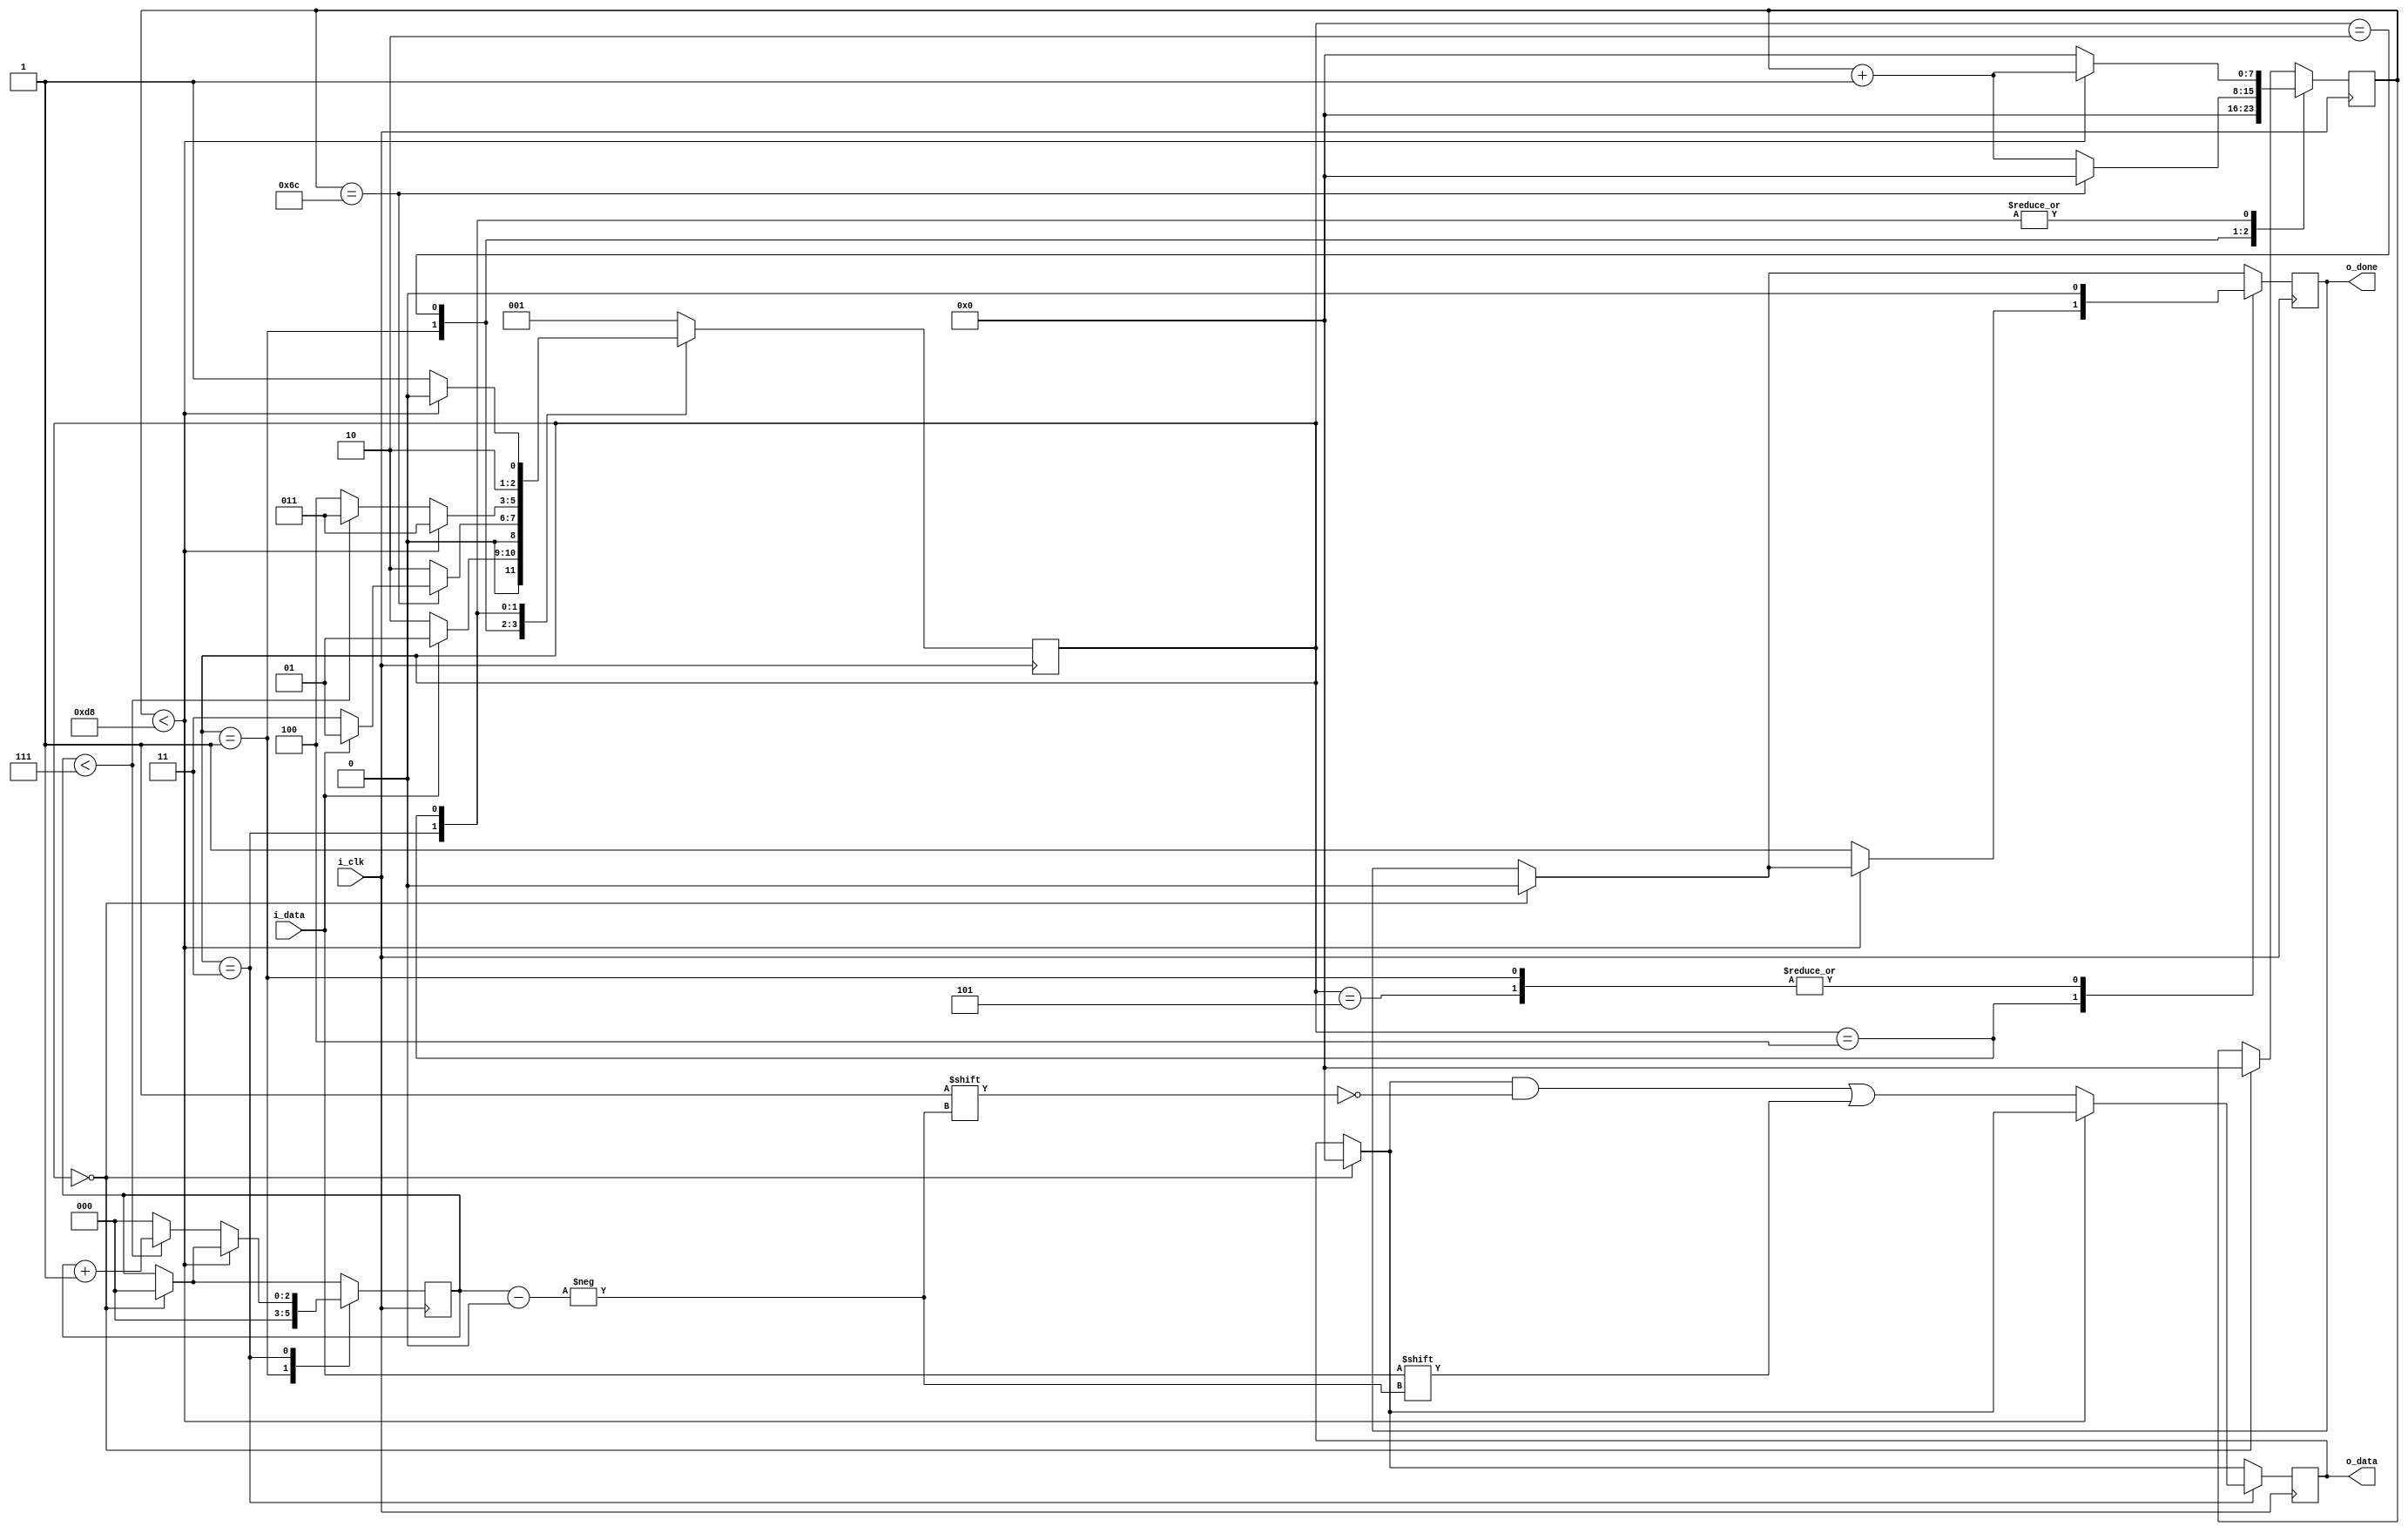
module uart_reciever #(parameter CLKS_PER_BIT = 217)
	(
		input i_clk,
		input i_data,
		output o_done,
		output [7:0] o_data
	);

	// States
	parameter INIT = 3'b000;
	parameter WAIT = 3'b001;
	parameter START_BIT_CHECK = 3'b010;
	parameter GET_DATA = 3'b011; 
	parameter LAST_BIT_CHECK = 3'b100;
	parameter RESET = 3'b101;

	// regs
	reg [2:0] state = WAIT;
	reg [2:0] bit_count = 0;
	reg [7:0] count = 0;
	reg [7:0] data = 0;
	reg done = 0;


	always @(posedge i_clk) begin

		// transitions
		case (state)

			INIT: begin
				done <= 1'b0;
				data <= 8'h00;
				count <= 0;
				bit_count <= 0;
				state <= WAIT;


			end

			// Wait for Start bit
			WAIT: begin

				if (i_data == 1'b0) begin
					state <= START_BIT_CHECK;
				end
				else begin
					state <= WAIT;
				end
			end

			// Make sure that is true start bit
			START_BIT_CHECK: begin
				if(count == (CLKS_PER_BIT-1)/2) begin
					if(i_data == 1'b0) begin
						state <= GET_DATA;
					end
					else begin
						state <= WAIT;
					end
				end
				else begin
					state <= START_BIT_CHECK;
				end
			end
	
			// Recive and Store data	
			GET_DATA: begin
				if(count < CLKS_PER_BIT - 1) begin
					state <= GET_DATA;
				end
				else begin

					if(bit_count < 7) begin
						state <= GET_DATA;
					end
					else begin
						state <= LAST_BIT_CHECK;
					end
				end
			end

			// Check for stop bit
			LAST_BIT_CHECK: begin
				if(count < (CLKS_PER_BIT - 1)) begin
					state <= LAST_BIT_CHECK;
				end
				else begin
					state <= RESET;
				end
			end

			// Reset to initial conditions
			RESET: begin
				state <= WAIT;
			end

			default:
				state <= WAIT;

		endcase


		// Actions
		case (state)
			INIT: begin
				
			end

			WAIT: begin
				done <= 1'b0;
				count <= 0;
				bit_count <= 0;
				
			end

			START_BIT_CHECK: begin
				if(count == (CLKS_PER_BIT-1)/2) begin
					count <= 0;
				end
				else begin	
					count  <= count + 1;
				end

			end

			GET_DATA: begin
				if(count < CLKS_PER_BIT - 1) begin
					count <= count + 1;
				end
				else begin
					count <= 0;
					data[bit_count] <= i_data;
					if(bit_count < 7) begin
						bit_count <= bit_count + 1;
					end
					else begin
						bit_count <= 0;
					end
				end
			end

			LAST_BIT_CHECK: begin
				if(count < (CLKS_PER_BIT - 1)) begin
					count <= count + 1;
				end
				else begin
					done <= 1'b1;
					count <= 0;
				end
			end

			RESET: begin
				done <= 1'b0;
			end
		endcase

	end

	assign o_data = data;
	assign o_done = done;

endmodule